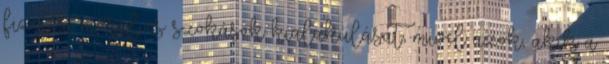
fizetési morál és szokások kialakulását, mivel azok, akik a